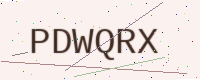
Text: PDWQRX